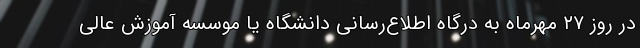
در روز ۲۷ مهرماه به درگاه اطلاع‌رسانی دانشگاه یا موسسه آموزش عالی